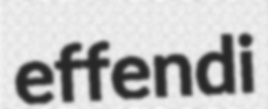
effendi